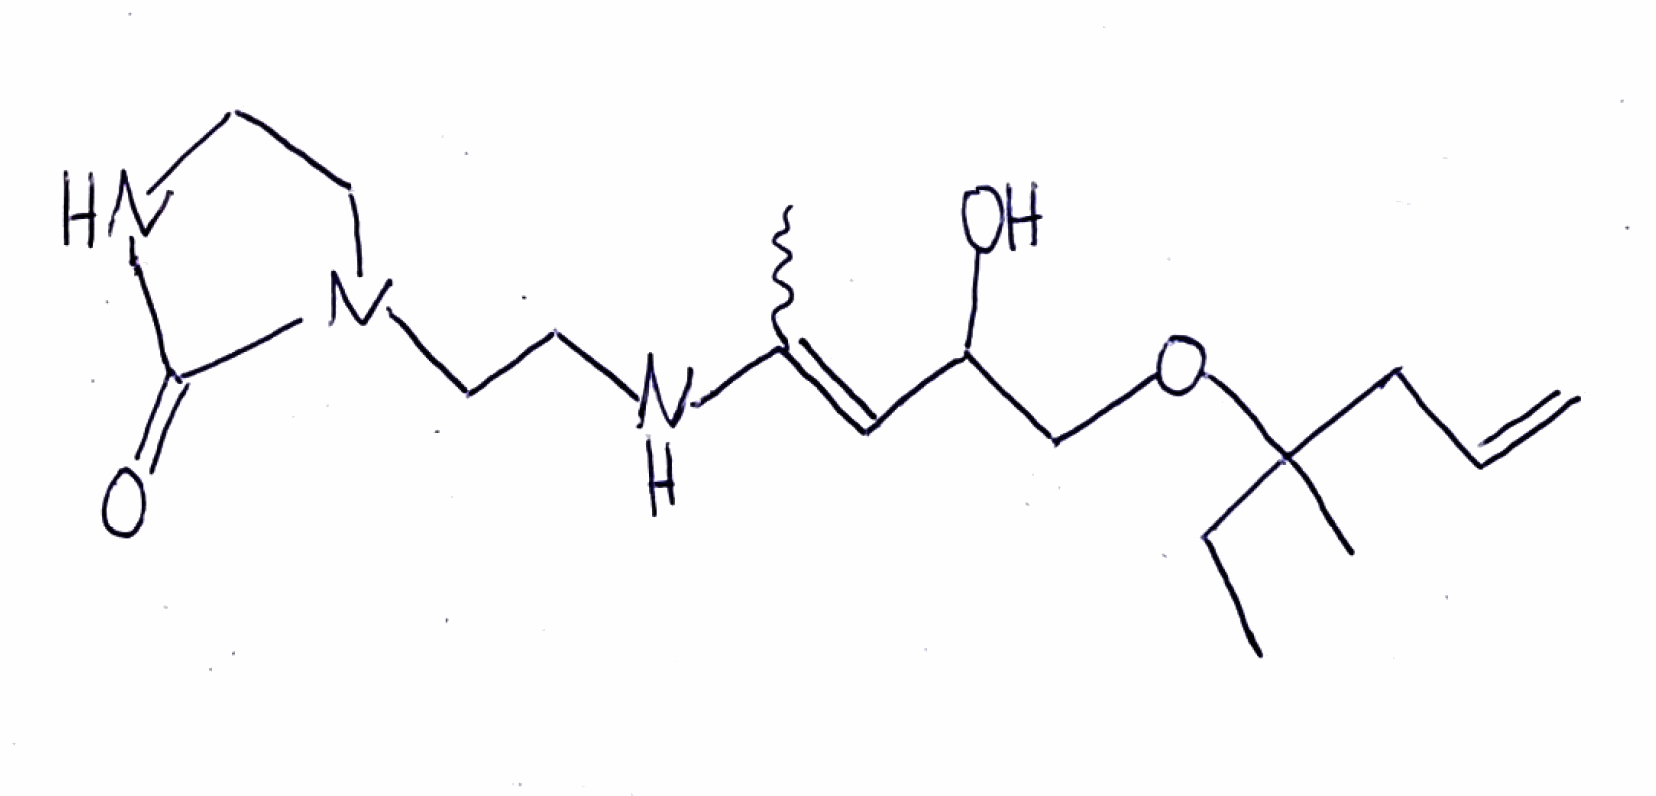
Simplified molecular-input line-entry system (SMILES) notation of the given molecule:
CCC(C)(CC=C)OCC(C=C(C)NCCN1CCNC1=O)O